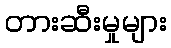
တားဆီးမှုများ